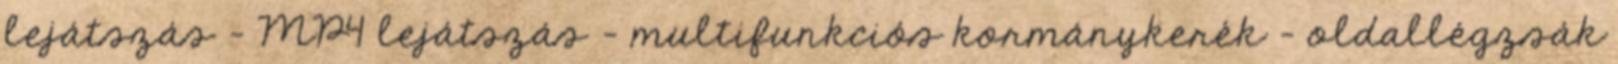
lejátszás – MP4 lejátszás – multifunkciós kormánykerék – oldallégzsák